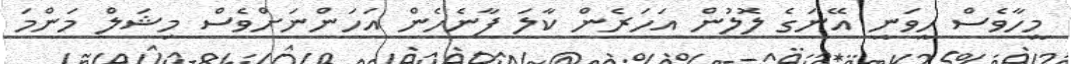
މީހާވެސް ހީވަނީ އޭނަގެ ލޮލުން އަހަރެން ކާލަ ފާނެހެން އަހަންނަށްވެސް މިޝަލް މަންމަ